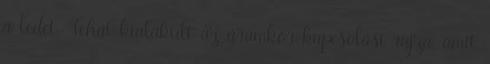
a ledet. Tehát kialakult az áramkör kapcsolási rajza, amit